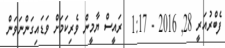
ފެބްރުއަރީ 28